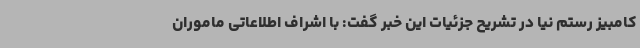
کامبیز رستم نیا در تشریح جزئیات این خبر گفت: با اشراف اطلاعاتی ماموران